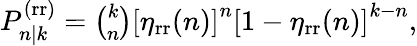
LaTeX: \begin{array}{r}{P_{n|k}^{\mathrm{(rr)}}=\binom{k}{n}\left[\eta_{\mathrm{rr}}(n)\right]^{n}\left[1-\eta_{\mathrm{rr}}(n)\right]^{k-n},}\end{array}